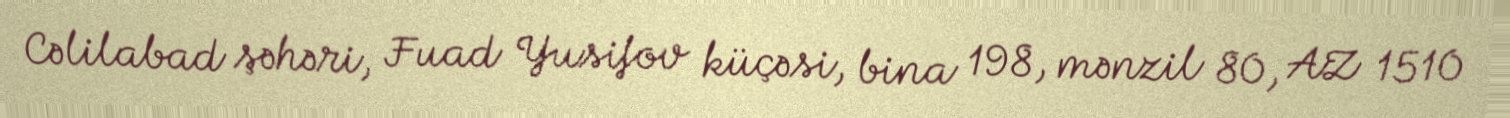
Cəlilabad şəhəri, Fuad Yusifov küçəsi, bina 198, mənzil 80, AZ 1510